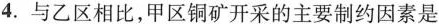
4.与乙区相比，甲区铜矿开采的主要制约因素是